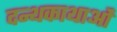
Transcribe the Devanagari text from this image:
दन्थकाथाओं